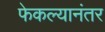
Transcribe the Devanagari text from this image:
फेकल्यानंतर